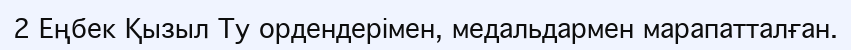
2 Еңбек Қызыл Ту ордендерімен, медальдармен марапатталған.